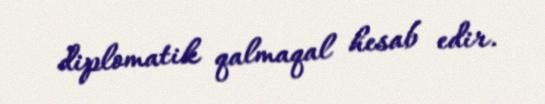
diplomatik qalmaqal hesab edir.